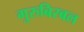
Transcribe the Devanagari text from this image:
गुरुबिरबल